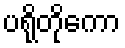
ပရိုတိုကော